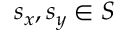
s _ { x } , s _ { y } \in S